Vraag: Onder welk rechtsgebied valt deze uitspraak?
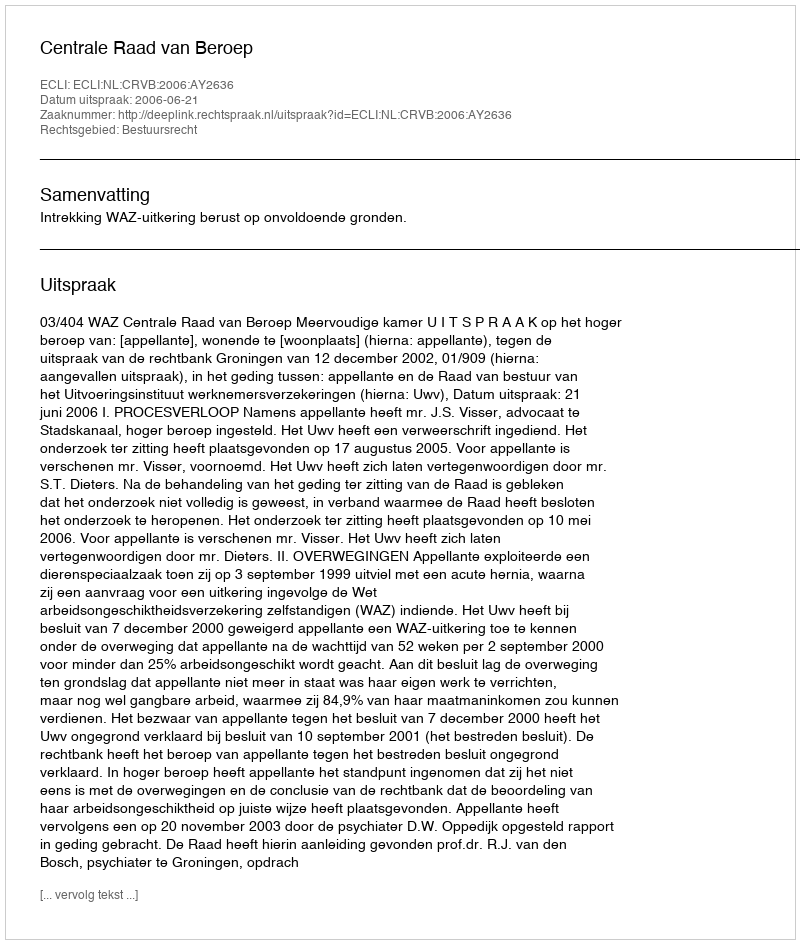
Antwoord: Bestuursrecht